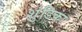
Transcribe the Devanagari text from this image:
शुंडिका